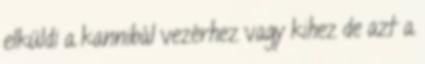
elküldi a kannibál vezérhez vagy kihez de azt a